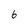
Character: 6